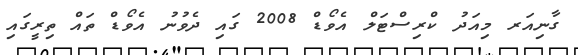
ގާނިއަރ މިއަދު ކްރިސްޓަލް އެވޯޑް 2008 ގައި ދެވުނު އެވޯޑް ތައް ތިރީގައި